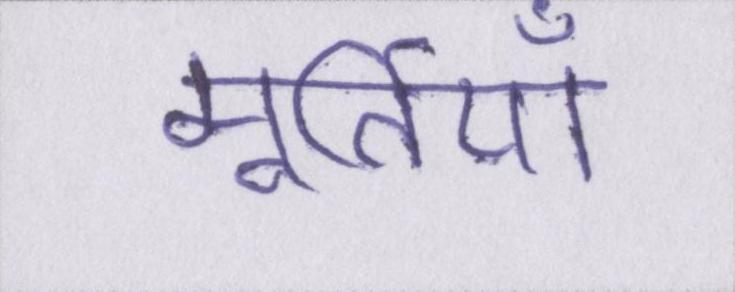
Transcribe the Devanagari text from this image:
मूर्तियाँ